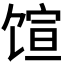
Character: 𬳇